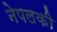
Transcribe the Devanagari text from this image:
नेपलकी